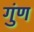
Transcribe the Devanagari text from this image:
गुंण